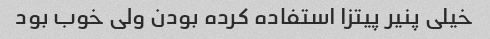
خیلى پنیر پیتزا استفاده کرده بودن ولى خوب بود